Vaccination in Burma 1900-1911 - 1900-1911
Year: 1900
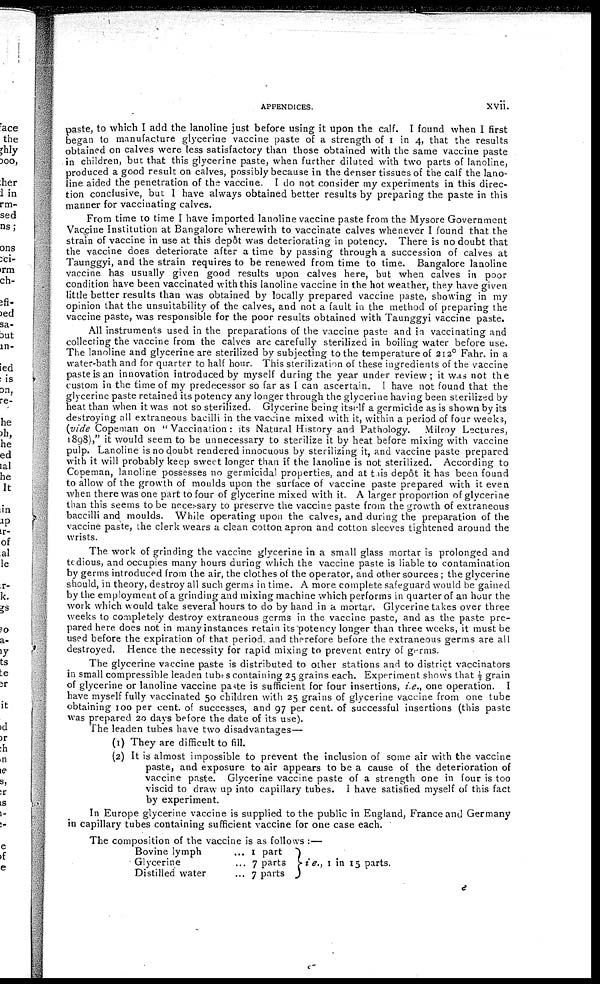
APPENDICES.
xvii.
paste, to which I add the lanoline just before using it upon the calf. I found when I first
began to manufacture glycerine vaccine paste of a strength of 1 in 4, that the results
obtained on calves were less satisfactory than those obtained with the same vaccine paste
in children, but that this glycerine paste, when further diluted with two parts of lanoline,
produced a good result on calves, possibly because in the denser tissues of the calf the lano-
line aided the penetration of the vaccine. I do not consider my experiments in this direc-
tion conclusive, but I have always obtained better results by preparing the paste in this
manner for vaccinating calves.
From time to time I have imported lanoline vaccine paste from the Mysore Government
Vaccine Institution at Bangalore wherewith to vaccinate calves whenever I found that the
strain of vaccine in use at this depôt was deteriorating in potency. There is no doubt that
the vaccine does deteriorate after a time by passing through a succession of calves at
Taunggyi, and the strain requires to be renewed from time to time. Bangalore lanoline
vaccine has usually given good results upon calves here, but when calves in poor
condition have been vaccinated with this lanoline vaccine in the hot weather, they have given
little better results than was obtained by locally prepared vaccine paste, showing in my
opinion that the unsuitability of the calves, and not a fault in the method of preparing the
vaccine paste, was responsible for the poor results obtained with Taunggyi vaccine paste.
All instruments used in the preparations of the vaccine paste and in vaccinating and
collecting the vaccine from the calves are carefully sterilized in boiling water before use.
The lanoline and glycerine are sterilized by subjecting to the temperature of 212° Fahr. in a
water-bath and for quarter to half hour. This sterilization of these ingredients of the vaccine
paste is an innovation introduced by myself during the year under review; it was not the
custom in the time of my predecessor so far as I can ascertain. I have not found that the
glycerine paste retained its potency any longer through the glycerine having been sterilized by
heat than when it was not so sterilized. Glycerine being itself a germicide as is shown by its
destroying all extraneous bacilli in the vaccine mixed with it, within a period of four weeks,
(vide Copeman on "Vaccination: its Natural History and Pathology. Milroy Lectures,
1898)," it would seem to be unnecessary to sterilize it by heat before mixing with vaccine
pulp. Lanoline is no doubt rendered innocuous by sterilizing it, and vaccine paste prepared
with it will probably keep sweet longer than if the lanoline is not sterilized. According to
Copeman, lanoline possesses no germicidal properties, and at this depôt it has been found
to allow of the growth of moulds upon the surface of vaccine paste prepared with it even
when there was one part to four of glycerine mixed with it. A larger proportion of glycerine
than this seems to be necessary to preserve the vaccine paste from the growth of extraneous
baccilli and moulds. While operating upon the calves, and during the preparation of the
vaccine paste, the clerk wears a clean cotton apron and cotton sleeves tightened around the
wrists.
The work of grinding the vaccine glycerine in a small glass mortar is prolonged and
tedious, and occupies many hours during which the vaccine paste is liable to contamination
by germs introduced from the air, the clothes of the operator, and other sources ; the glycerine
should, in theory, destroy all such germs in time. A more complete safeguard would be gained
by the employment of a grinding and mixing machine which performs in quarter of an hour the
work which would take several hours to do by hand in a mortar. Glycerine takes over three
weeks to completely destroy extraneous germs in the vaccine paste, and as the paste pre-
pared here does not in many instances retain its potency longer than three weeks, it must be
used before the expiration of that period, and therefore before the extraneous germs are all
destroyed. Hence the necessity for rapid mixing to prevent entry of germs.
The glycerine vaccine paste is distributed to other stations and to district vaccinators
in small compressible leaden tubes containing 25 grains each. Experiment shows that ½ grain
of glycerine or lanoline vaccine paste is sufficient for four insertions, i.e., one operation. I
have myself fully vaccinated 50 children with 25 grains of glycerine vaccine from one tube
obtaining 100 per cent. of successes, and 97 per cent. of successful insertions (this paste
was prepared 20 days before the date of its use).
The leaden tubes have two disadvantages—
(1) They are difficult to fill.
(2) It is almost impossible to prevent the inclusion of some air with the vaccine
paste, and exposure to air appears to be a cause of the deterioration of
vaccine paste. Glycerine vaccine paste of a strength one in four is too
viscid to draw up into capillary tubes. I have satisfied myself of this fact
by experiment.
In Europe glycerine vaccine is supplied to the public in England, France and Germany
in capillary tubes containing sufficient vaccine for one case each.
The composition of the vaccine is as follows :—
Bovine lymph ...
Glycerine ...
Distilled water ...
1 part
7 parts
7 parts
i e., 1 in 15 parts.